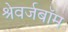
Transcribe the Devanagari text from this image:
श्रेवर्जबॉम